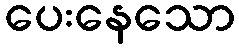
ပေးနေသော